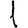
Digit: 1